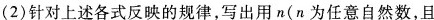
(2)针对上述各式反映的规律，写出用n(n为任意自然数，且